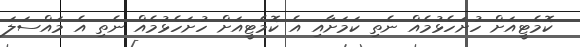
ކޮމެޓީއަށް ހުށަހެޅުމެއް ނެތި ކަމަށާއި އެ ކޮމެޓީއަށް ހުށަހެޅުމެއް ނެތި އެ މައްސަލަ